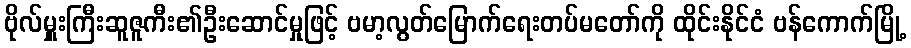
ဗိုလ်မှူးကြီးဆူဇူကီး၏ဦးဆောင်မှုဖြင့် ဗမာ့လွတ်မြောက်ရေးတပ်မတော်ကို ထိုင်းနိုင်ငံ ဗန်ကောက်မြို့